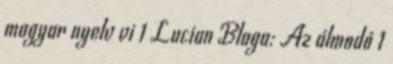
magyar nyelv vi 1 Lucian Blaga: Az álmodó 1